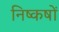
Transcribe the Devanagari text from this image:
निष्कषों